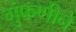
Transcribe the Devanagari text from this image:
गुंफणीने